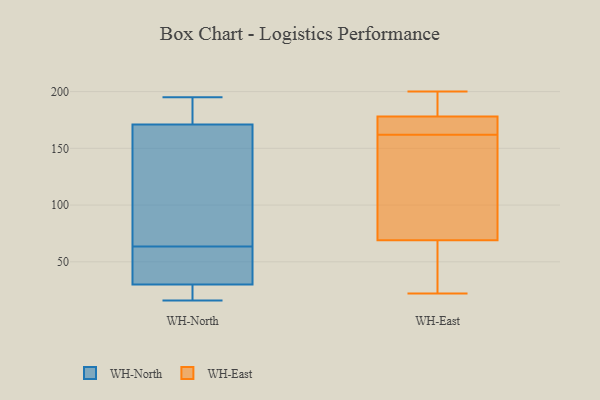
{"axis": {"x": "LTV (USD)", "y": "Value"}, "legend": ["WH-East", "WH-North"], "data": [{"x": "", "y": 118, "type": "WH-North"}, {"x": "", "y": 171, "type": "WH-North"}, {"x": "", "y": 30, "type": "WH-North"}, {"x": "", "y": 59, "type": "WH-North"}, {"x": "", "y": 34, "type": "WH-North"}, {"x": "", "y": 187, "type": "WH-North"}, {"x": "", "y": 16, "type": "WH-North"}, {"x": "", "y": 119, "type": "WH-North"}, {"x": "", "y": 24, "type": "WH-North"}, {"x": "", "y": 179, "type": "WH-North"}, {"x": "", "y": 68, "type": "WH-North"}, {"x": "", "y": 19, "type": "WH-North"}, {"x": "", "y": 38, "type": "WH-North"}, {"x": "", "y": 195, "type": "WH-North"}, {"x": "", "y": 83, "type": "WH-East"}, {"x": "", "y": 22, "type": "WH-East"}, {"x": "", "y": 200, "type": "WH-East"}, {"x": "", "y": 38, "type": "WH-East"}, {"x": "", "y": 196, "type": "WH-East"}, {"x": "", "y": 181, "type": "WH-East"}, {"x": "", "y": 175, "type": "WH-East"}, {"x": "", "y": 165, "type": "WH-East"}, {"x": "", "y": 159, "type": "WH-East"}, {"x": "", "y": 173, "type": "WH-East"}, {"x": "", "y": 73, "type": "WH-East"}, {"x": "", "y": 65, "type": "WH-East"}]}